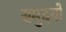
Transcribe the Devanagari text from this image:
समुदयों